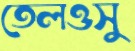
তেলওসু